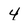
Character: 4